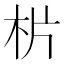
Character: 㭊